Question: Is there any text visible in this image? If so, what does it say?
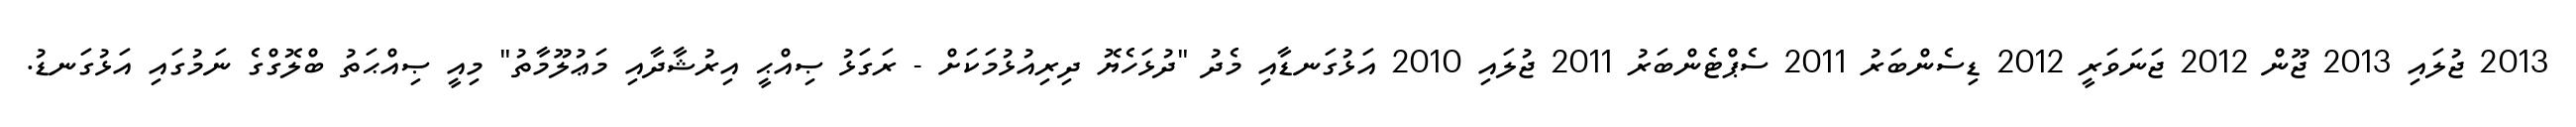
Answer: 2013 ޖުލައި 2013 ޖޫން 2012 ޖަނަވަރީ 2012 ޑިސެންބަރު 2011 ސެޕްޓެންބަރު 2011 ޖުލައި 2010 އަޅުގަނޑާއި މެދު "ދުޅަހެޔޮ ދިރިއުޅުމަކަށް - ރަގަޅު ޞިއްޙީ އިރުޝާދާއި މަޢުލޫމާތު" މިއީ ޞިއްޙަތު ބްލޮގްގެ ނަމުގައި އަޅުގަނޑު.